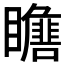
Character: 𱳙